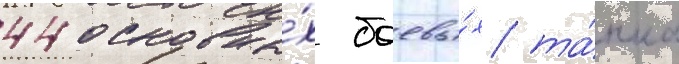
44 основны́х боевы́х та́нка